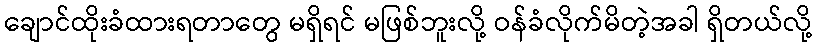
ချောင်ထိုးခံထားရတာတွေ မရှိရင် မဖြစ်ဘူးလို့ ဝန်ခံလိုက်မိတဲ့အခါ ရှိတယ်လို့